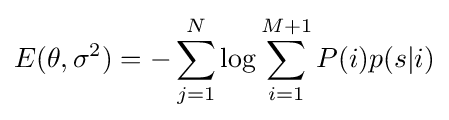
E(\theta ,\sigma ^{2})=-\sum _{j=1}^{N}\log \sum _{i=1}^{M+1}P(i)p(s|i)